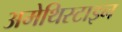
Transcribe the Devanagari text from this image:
अमेथिस्टाइन